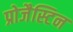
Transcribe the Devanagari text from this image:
प्रोजैस्टिन